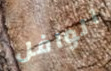
الوافل